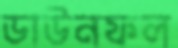
ডাউনফল